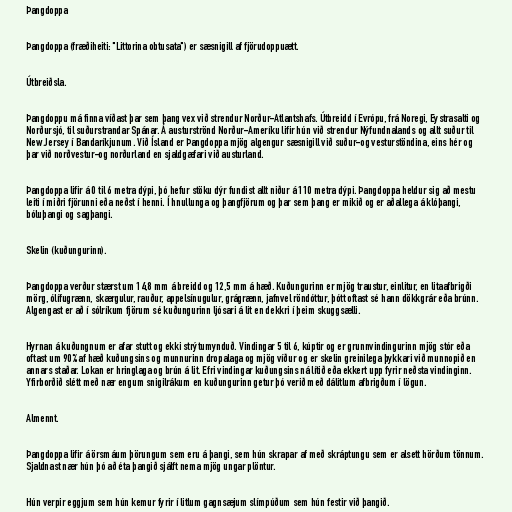
Þangdoppa

Þangdoppa (fræðiheiti: "Littorina obtusata") er sæsnigill af fjörudoppuætt.

Útbreiðsla.

Þangdoppu má finna víðast þar sem þang vex við strendur Norður-Atlantshafs. Útbreidd í Evrópu, frá Noregi, Eystrasalti og
Norðursjó, til suðurstrandar Spánar. Á austurströnd Norður-Ameríku lifir hún við strendur Nýfundnalands og allt suður til
New Jersey í Bandaríkjunum. Við Ísland er Þangdoppa mjög algengur sæsnigill við suður-og vesturstöndina, eins hér og
þar við norðvestur-og norðurland en sjaldgæfari við austurland.

Þangdoppa lifir á 0 til 6 metra dýpi, þó hefur stöku dýr fundist allt niður á 110 metra dýpi. Þangdoppa heldur sig að mestu
leiti í miðri fjörunni eða neðst í henni. Í hnullunga og þangfjörum og þar sem þang er mikið og er aðallega á klóþangi,
bóluþangi og sagþangi.

Skelin (kuðungurinn).

Þangdoppa verður stærst um 14,8 mm á breidd og 12,5 mm á hæð. Kuðungurinn er mjög traustur, einlitur, en litaafbrigði
mörg, ólífugrænn, skærgulur, rauður, appelsínugulur, grágrænn, jafnvel röndóttur, þótt oftast sé hann dökkgrár eða brúnn.
Algengast er að í sólríkum fjörum sé kuðungurinn ljósari á lit en dekkri í þeim skuggsælli.

Hyrnan á kuðungnum er afar stutt og ekki strýtumynduð. Vindingar 5 til 6, kúptir og er grunnvindingurinn mjög stór eða
oftast um 90% af hæð kuðungsins og munnurinn dropalaga og mjög víður og er skelin greinilega þykkari við munnopið en
annars staðar. Lokan er hringlaga og brún á lit. Efri vindingar kuðungsins ná lítið eða ekkert upp fyrir neðsta vindinginn.
Yfirborðið slétt með nær engum snigilrákum en kuðungurinn getur þó verið með dálitlum afbrigðum í lögun.

Almennt.

Þangdoppa lifir á örsmáum þörungum sem eru á þangi, sem hún skrapar af með skráptungu sem er alsett hörðum tönnum.
Sjaldnast nær hún þó að éta þangið sjálft nema mjög ungar plöntur.

Hún verpir eggjum sem hún kemur fyrir í litlum gagnsæjum slímpúðum sem hún festir við þangið.